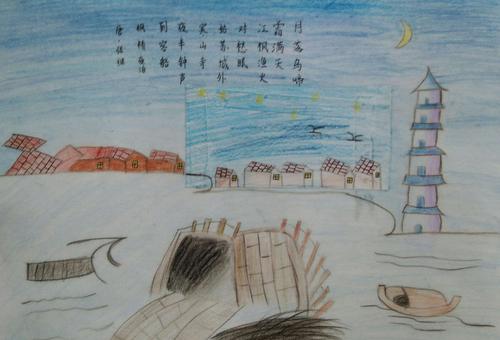
银箭金壶漏水多，起看秋月坠江波。